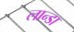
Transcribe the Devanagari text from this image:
लान्डा